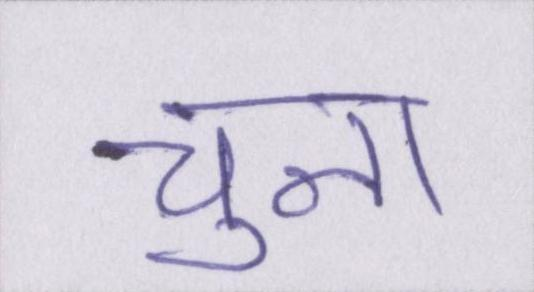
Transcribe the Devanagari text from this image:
चुना